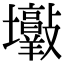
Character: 𡔋